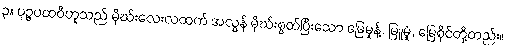
၃။ ပုဉ္ဇပထဝီဟူသည် မိုဃ်းလေးလထက် အလွန် မိုဃ်းစွတ်ပြီးသော မြေမှုန့်, မြူမှုံ, မြေစိုင်တို့တည်း။